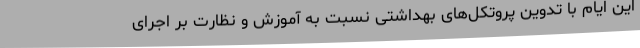
این ایام با تدوین پروتکل‌های بهداشتی نسبت به آموزش و نظارت بر اجرای